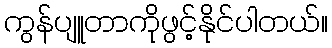
ကွန်ပျူတာကိုဖွင့်နိုင်ပါတယ်။